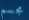
مجسم